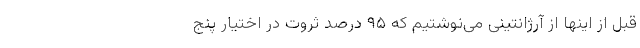
قبل از اینها از آرژانتینی می‌نوشتیم که ۹۵ درصد ثروت در اختیار پنج